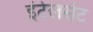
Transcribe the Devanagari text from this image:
इंटेलसेट